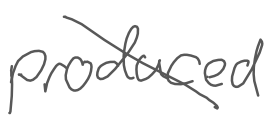
Text: produced
Cross-out: diagonal
Writing tool: digital_gray